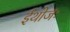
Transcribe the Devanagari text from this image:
ईथोजः